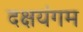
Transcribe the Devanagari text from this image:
दक्षयंगम